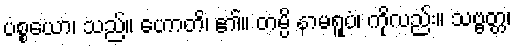
ပစ္စယော၊ သည်။ ဟောတိ၊ ၏။ တမ္ပိ နာမရူပံ၊ ကိုလည်း။ သဗ္ဗတ္တ၊